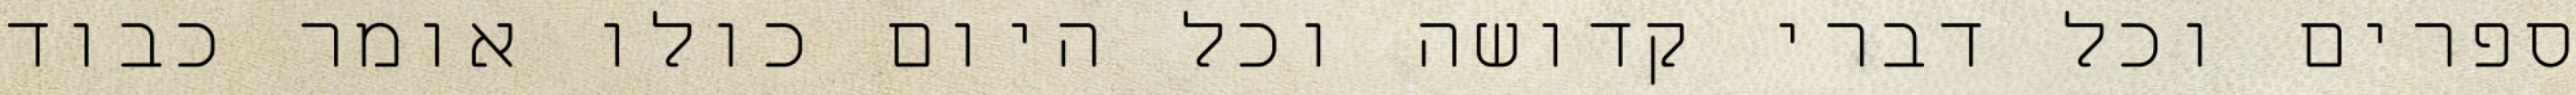
ספרים וכל דברי קדושה וכל היום כולו אומר כבוד